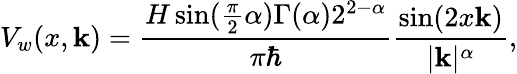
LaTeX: V_{w}(x,\mathbf{k})=\frac{{H\sin(\frac{{\pi}}{{2}}\alpha)\Gamma(\alpha)2^{2-\alpha}}}{{\pi\hbar}}\frac{{\sin(2x\mathbf{k})}}{{|\mathbf{k}|^{\alpha}}},